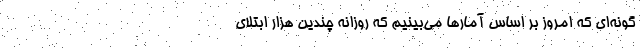
گونه‌ای که امروز بر اساس آمارها می‌بینیم که روزانه چندین هزار ابتلای